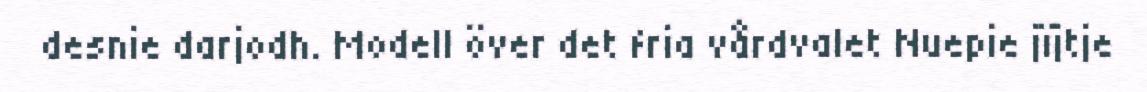
desnie darjodh. Modell över det fria vårdvalet Nuepie jïjtje